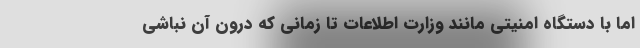
اما با دستگاه امنیتی مانند وزارت اطلاعات تا زمانی که درون آن نباشی